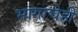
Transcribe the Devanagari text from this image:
भागाचेही